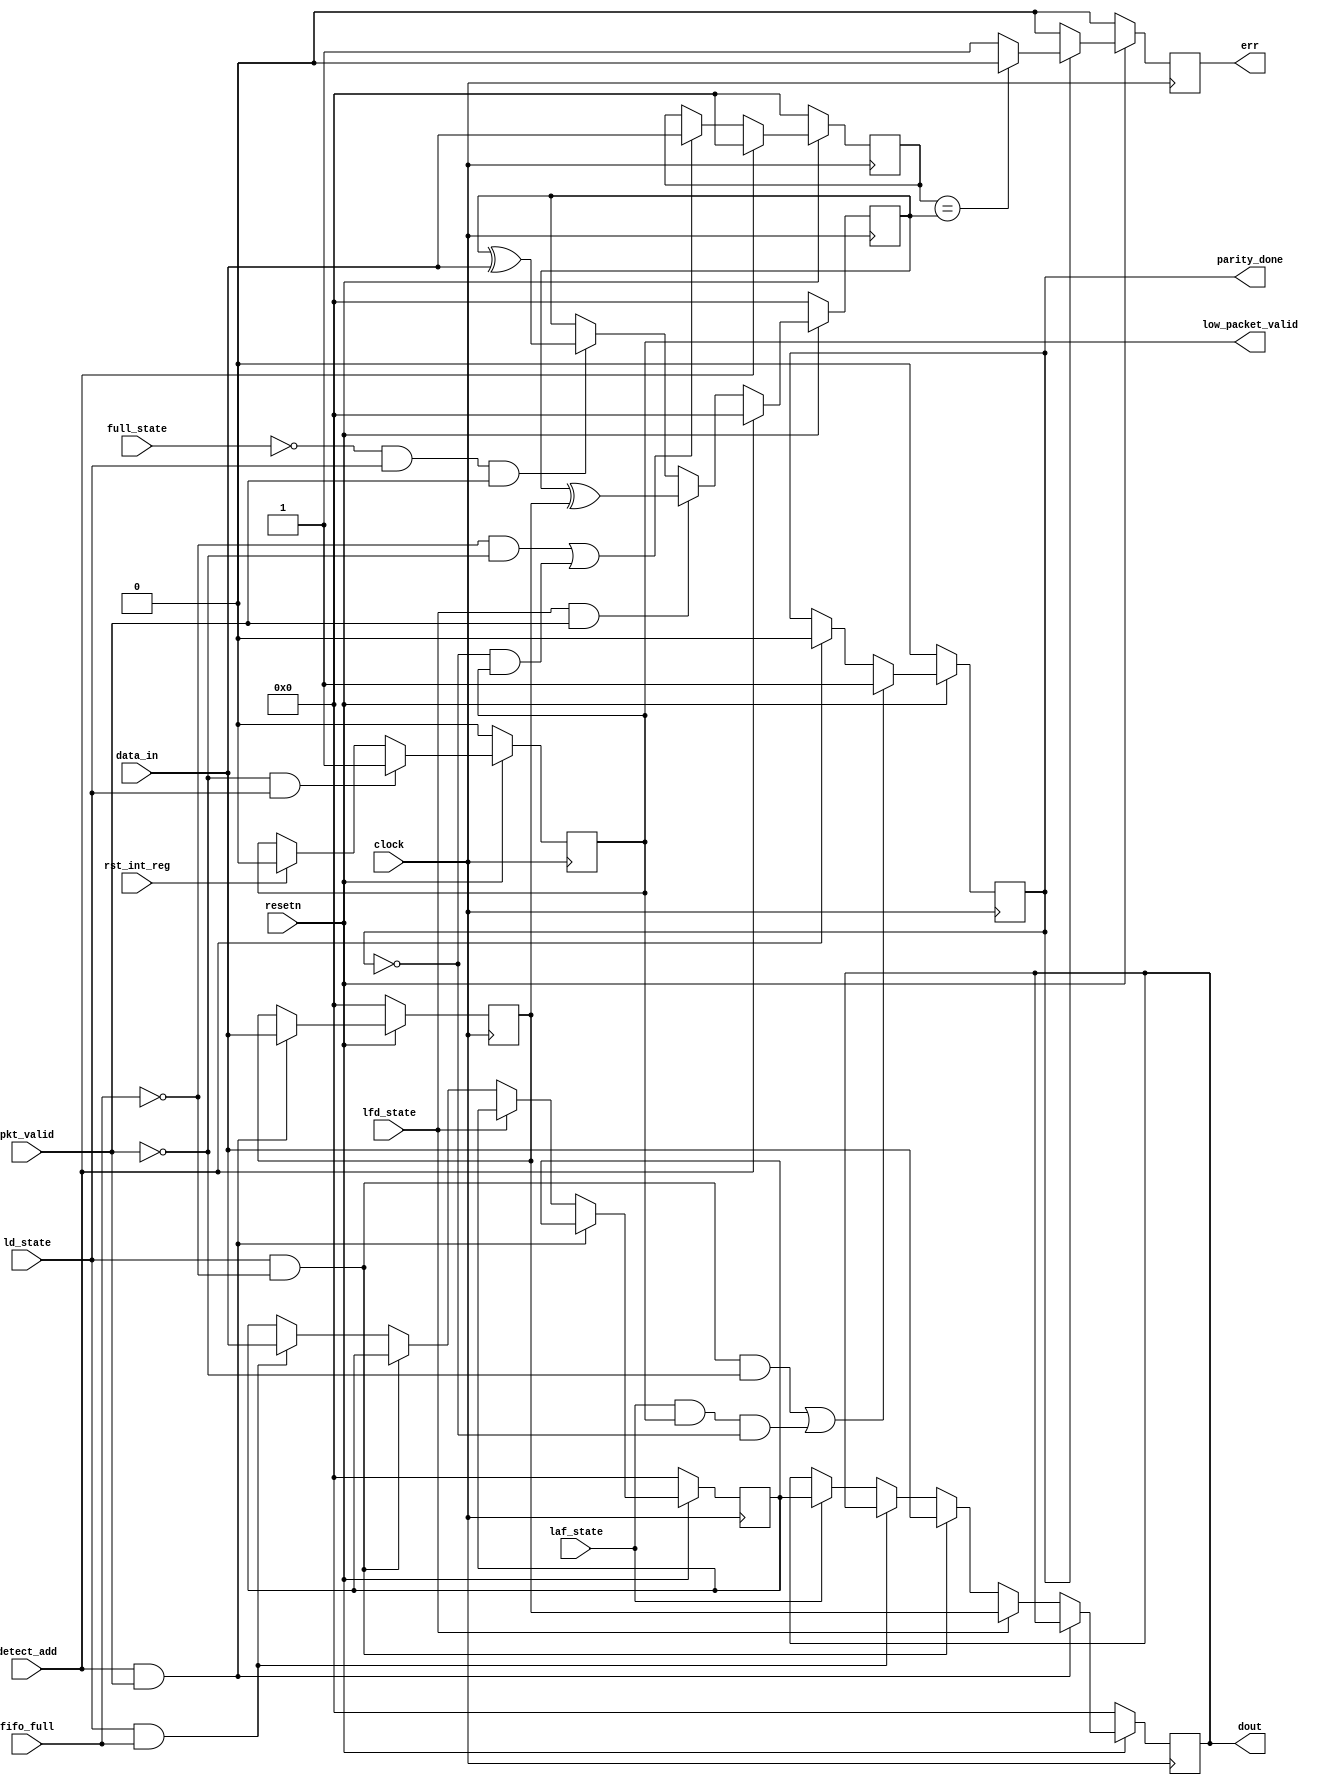
module router_reg(clock, resetn, pkt_valid, data_in, fifo_full,
		  detect_add, ld_state, laf_state,full_state, lfd_state, rst_int_reg,
		  err, parity_done, low_packet_valid, dout);


    input clock, resetn, pkt_valid, fifo_full, detect_add,
        ld_state, laf_state,full_state, lfd_state, rst_int_reg;

    input [7:0] data_in;


    output reg err, parity_done, low_packet_valid;
    output reg [7:0] dout;

    reg [7:0] header_reg, full_reg, parity_reg, packet_parity;


                    
    ////////////////RESET AND PARITY DONE\\\\\\\\\\\\\\\\\\\\\\\\\\\\\\\\\\\\

    always@(posedge clock)    
    begin
        if(~resetn)
            begin
            //dout<= 8'd0;
            //err<= 1'd0;
            parity_done<= 1'd0;
            //low_pkt_valid<= 1'd0;
            end
        else
            begin
            if((ld_state && ~fifo_full && ~pkt_valid) || (laf_state && low_packet_valid && ~parity_done))
            parity_done<=1'd1;
                else if(detect_add)
            parity_done<= 1'd0;
            end
    end


    ///////////////LOW PACKET VALID\\\\\\\\\\\\\\\\\\\\\\\\\\\\\\\\\\\\\\\\

    always@(posedge clock)
    begin
        if(~resetn)
            low_packet_valid<= 1'd0;
        else if(~pkt_valid && ld_state)
            low_packet_valid<= 1'd1;
        else if(rst_int_reg)
            low_packet_valid<= 1'd0;
    end


    //////////////////////HEADER BYTE LOGIC\\\\\\\\\\\\\\\\\\\\\\\\\\\\\\\\\\\\\\\\\\

    always@(posedge clock)
    begin

        if(~resetn)
            begin
            dout<= 0;
            header_reg<= 8'd0;
            full_reg<= 8'd0;
            end

        else if(detect_add && pkt_valid)
            header_reg<= data_in;

        else if(lfd_state)
            dout<= header_reg;
            
        else if(ld_state && (~fifo_full))
            dout<= data_in;

        else if(ld_state && fifo_full)
            full_reg<= data_in;

        else if(laf_state)
            dout<= full_reg;

    end
        

    ////////////////PARITY CALC\\\\\\\\\\\\\\\\\\\\\\\\\\\\\\\\\\\\\\\\\\
    always@(posedge clock)
    begin
        if(~resetn)
            parity_reg<= 8'd0;
        else if(detect_add)
        parity_reg<=0;
        else if(lfd_state && pkt_valid)
            parity_reg<= parity_reg ^ header_reg;
        else if(full_state==0 && ld_state && pkt_valid)
            parity_reg<= parity_reg ^ data_in; 
    end

    ////////////////////////ERR\\\\\\\\\\\\\\\\\\\\\\\\\\\\\\\\\\\\\\\\\\\\\\\\

    always@(posedge clock)
    begin
        if(~resetn)
            err<=1'd0;
        else
            
            if(parity_done)
            begin
                if(packet_parity == parity_reg)
                err<= 1'd0;
                else 
                err<= 1'd1;
            end
            else 
            err<=1'd0;
        
    end


    /////////////////////PACKET_PARITY\\\\\\\\\\\\\\\\\\\\\\\\\\\\\\\\\\\\\\\\\\\\\\\\\\

    always@(posedge clock)
    begin
        if(~resetn)
            packet_parity<= 8'd0;
        else if(detect_add)
        packet_parity<=0;
        else if((~fifo_full && ~pkt_valid) || (~parity_done && low_packet_valid))
            packet_parity<= data_in;
    end

endmodule